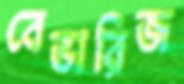
বেভারিজ